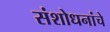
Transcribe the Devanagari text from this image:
संशोधनांचे